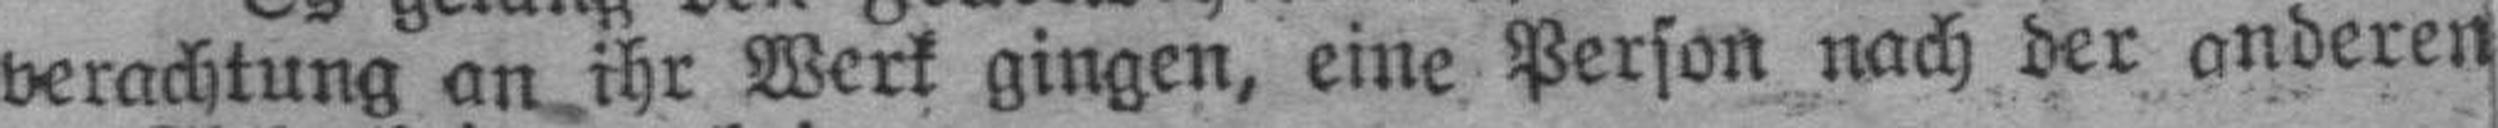
verachtung an ihr Werk gingen, eine Person nach der anderen